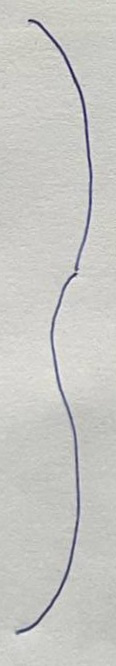
}